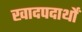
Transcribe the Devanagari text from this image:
खादपदार्थों